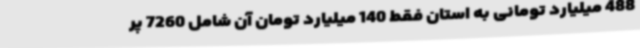
488 میلیارد تومانی به استان فقط 140 میلیارد تومان آن شامل 7260 پر